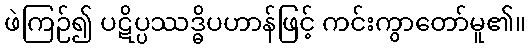
ဖဲကြဉ်၍ ပဋိပ္ပဿဒ္ဓိပဟာန်ဖြင့် ကင်းကွာတော်မူ၏။